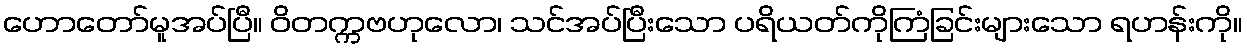
ဟောတော်မူအပ်ပြီ။ ဝိတက္ကဗဟုလော၊ သင်အပ်ပြီးသော ပရိယတ်ကိုကြံခြင်းများသော ရဟန်းကို။